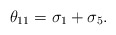
\begin{align*}\theta_{11}=\sigma_1+\sigma_5.\end{align*}